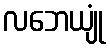
လဘေယျုံ